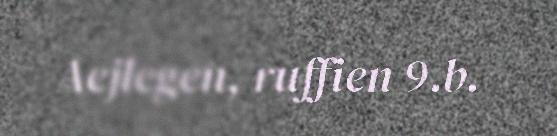
Aejlegen, ruffien 9.b.